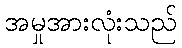
အမှုအားလုံးသည်